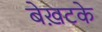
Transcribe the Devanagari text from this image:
बेख़टके